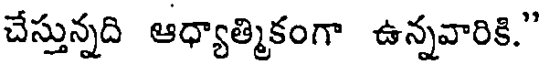
చేస్తున్నది ఆధ్యాత్మికంగా ఉన్నవారికి."